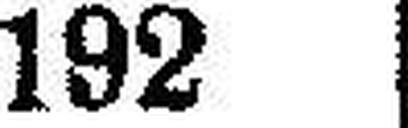
192